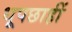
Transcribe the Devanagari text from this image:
धूपछाहीं